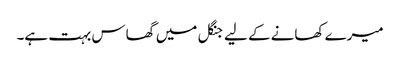
میرے کھانے کے لیے جنگل میں گھاس بہت ہے۔